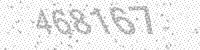
Solution: 468167